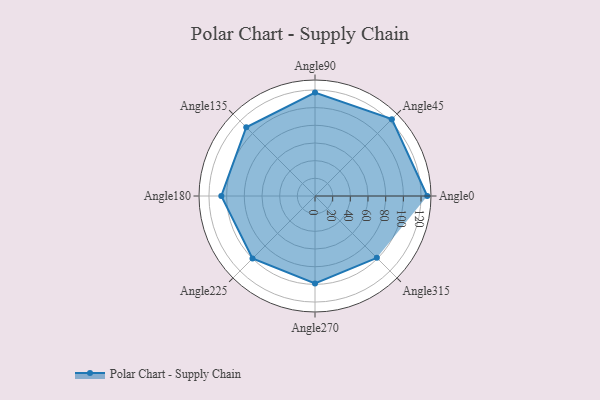
{"axis": {"x": "Angle", "y": "Radius"}, "legend": [""], "data": [{"x": "Angle0", "y": 127.0, "type": ""}, {"x": "Angle45", "y": 123.0, "type": ""}, {"x": "Angle90", "y": 117.0, "type": ""}, {"x": "Angle135", "y": 110.0, "type": ""}, {"x": "Angle180", "y": 106.0, "type": ""}, {"x": "Angle225", "y": 100.0, "type": ""}, {"x": "Angle270", "y": 99.0, "type": ""}, {"x": "Angle315", "y": 99.0, "type": ""}]}